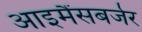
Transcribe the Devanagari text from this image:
आइमैंसबर्जर